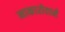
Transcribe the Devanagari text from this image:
माकारोवाने